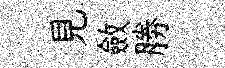
見斂勝